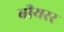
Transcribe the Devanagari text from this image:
बीयरर